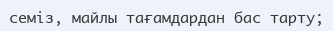
семіз, майлы тағамдардан бас тарту;